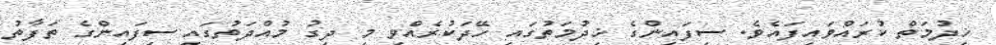
ޚިދުމަތް ކުރައްވައިފައެވެ. ސިފައިންގެ ޚިދުމަތުގައި ހޭދަކުރެއްވި މި ދިގު މުއްދަތުގައި ސިފައިންގެ ތަފާތު